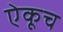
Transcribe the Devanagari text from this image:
ऐकूच